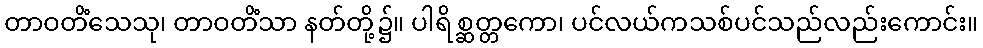
တာဝတိံသေသု၊ တာဝတိံသာ နတ်တို့၌။ ပါရိစ္ဆတ္တကော၊ ပင်လယ်ကသစ်ပင်သည်လည်းကောင်း။